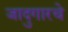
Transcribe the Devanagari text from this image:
जादुगारचे